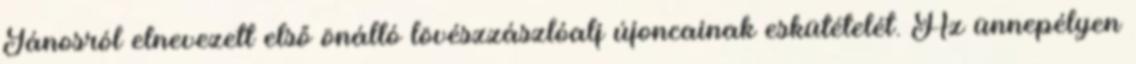
Jánosról elnevezett első önálló lövészzászlóalj újoncainak eskütételét. Az ünnepélyen